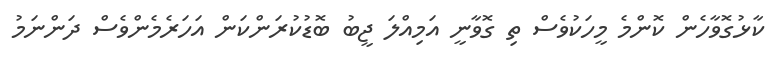
ކާޅުގޮވާހެން ކޮންމެ މީހަކުވެސް ތި ގޮވާނީ އަމިއްލަ ޖީބު ބޮޑުކުރަންކަން އަހަރެމެންވެސް ދަންނަމު